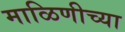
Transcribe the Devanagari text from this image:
माळिणीच्या